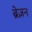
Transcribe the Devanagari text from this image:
ब्रेज़न